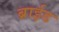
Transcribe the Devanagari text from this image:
ब्राईड